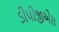
ડીપીજીએસ